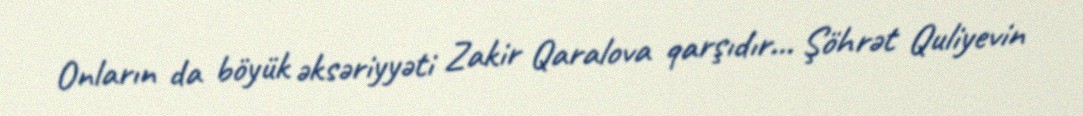
Onların da böyük əksəriyyəti Zakir Qaralova qarşıdır... Şöhrət Quliyevin